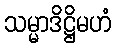
သမ္မာဒိဋ္ဌိမဟံ